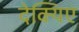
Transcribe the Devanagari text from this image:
देक्यिए